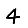
Digit: 4